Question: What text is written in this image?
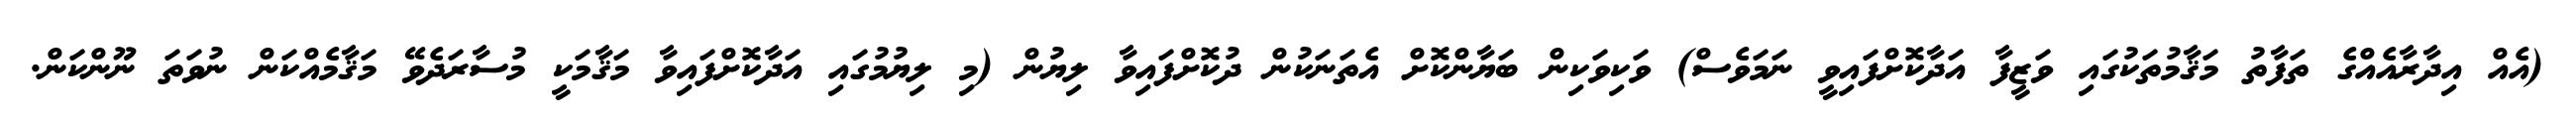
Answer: (އެއް އިދާރާއެއްގެ ތަފާތު މަޤާމުތަކުގައި ވަޒީފާ އަދާކޮށްފައިވީ ނަމަވެސް) ވަކިވަކިން ބަޔާންކޮށް އެތަނަކުން ދުކޮށްފައިވާ ލިޔުން (މި ލިޔުމުގައި އަދާކޮށްފައިވާ މަޤާމަކީ މުސާރަދެވޭ މަޤާމެއްކަން ނުވަތަ ނޫންކަން.